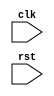
module RISCV_bus_controller (
    input wire clk,
    input wire rst,
    
    // Add input and output ports as required for peripherals and transactions
    
    // Define modules like clock generators, FIFO buffers, synchronization logic, error detection and correction mechanisms
    
    // Implement logic to handle multiple transactions and support various bus protocols
    
    // Configurable parameters to meet system requirements
    
    // Add any additional modules and logic based on specific system requirements
);
    
    // Define internal signals and variables
    
    // Implement bus controller logic
    
endmodule